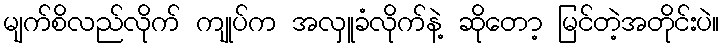
မျက်စိလည်လိုက် ကျုပ်က အလှူခံလိုက်နဲ့ ဆိုတော့ မြင်တဲ့အတိုင်းပဲ။